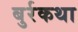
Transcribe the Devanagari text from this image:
बुर्रकथा